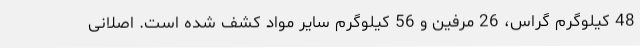
48 کیلوگرم گراس، 26 مرفین و 56 کیلوگرم سایر مواد کشف شده است. اصلانی